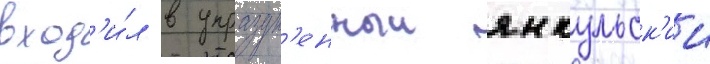
вход'и́л в упраздн'енныи янкульск'ии